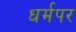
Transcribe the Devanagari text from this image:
धर्मपर